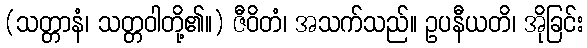
(သတ္တာနံ၊ သတ္တဝါတို့၏။) ဇီဝိတံ၊ အသက်သည်။ ဥပနီယတိ၊ အိုခြင်း